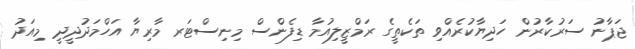
ޖަޕާނު ސަރުކާރުން ހަދިޔާކުރެއްވި ތަކެތީގެ ރަމްޒީލިއުމާ ޑިފެންސް މިނިސްޓަރ މާރިޔާ އަހްމަދުދީދީ މިއަދު